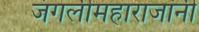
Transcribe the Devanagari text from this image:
जंगलीमहाराजांनी